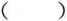
( )